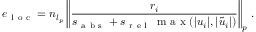
e _ { \mathrm { ~ l ~ o ~ c ~ } } = n _ { l _ { p } } \left\lVert \frac { r _ { i } } { s _ { \mathrm { ~ a ~ b ~ s ~ } } + s _ { \mathrm { ~ r ~ e ~ l ~ } } \, \mathrm { ~ m ~ a ~ x ~ } ( | u _ { i } | , | \tilde { u } _ { i } | ) } \right\rVert _ { p } \, .